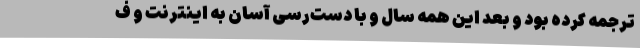
ترجمه کرده بود و بعد این همه سال و با دست‌رسی آسان به اینترنت و ف